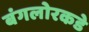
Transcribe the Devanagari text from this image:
बंगलोरकडे